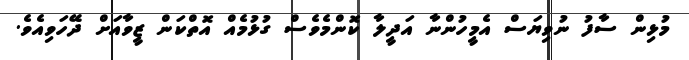
މުޅިން ސާފު ނުވިޔަސް އެމީހުންނާ އަދީލާ ކޮންމެވެސް ގުޅުމެއް އޮތްކަން ޒީވާއަށް ދޭހަވިއެވެ.